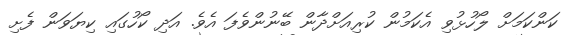
ކަންކަމަށް ލޯހުޅުވި އެކަމުން ކުރިއަށްދާން ބޭނުންވެފަ އެވެ. އަދި ކޯހުގައި ކިޔަވަން ފެށި